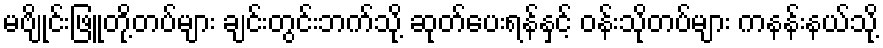
မဗျိုင်းဖြူတို့တပ်များ ချင်းတွင်းဘက်သို့ ဆုတ်ပေးရန်နှင့် ဝန်းသိုတပ်များ ကနန်းနယ်သို့